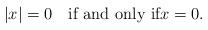
LaTeX: \begin{align*} |x| = 0 \quad\hbox{if and only if}x = 0.\end{align*}